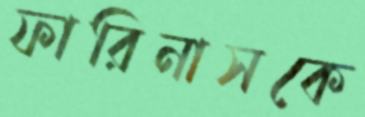
ফারিনাসকে